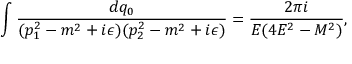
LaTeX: \int \frac { d q _ { 0 } } { ( p _ { 1 } ^ { 2 } - m ^ { 2 } + i \epsilon ) ( p _ { 2 } ^ { 2 } - m ^ { 2 } + i \epsilon ) } = \frac { 2 \pi i } { E ( 4 E ^ { 2 } - M ^ { 2 } ) } ,